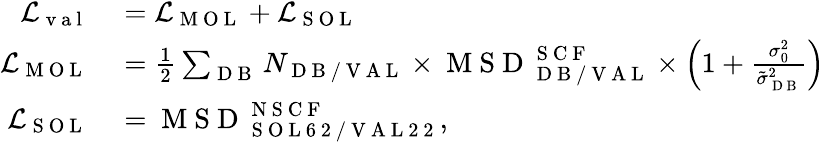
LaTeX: \begin{array}{rl}{\mathcal{L}_{\mathrm{~v~a~l~}}}&{{}=\mathcal{L}_{\mathrm{~M~O~L~}}+\mathcal{L}_{\mathrm{~S~O~L~}}}\\ {\mathcal{L}_{\mathrm{~M~O~L~}}}&{{}=\frac{1}{2}\sum_{\mathrm{~D~B~}}N_{\mathrm{~D~B~/~V~A~L~}}\times\mathrm{~M~S~D~}_{\mathrm{~D~B~/~V~A~L~}}^{\mathrm{~S~C~F~}}\times\left(1+\frac{\sigma_{0}^{2}}{\tilde{\sigma}_{\mathrm{~D~B~}}^{2}}\right)}\\ {\mathcal{L}_{\mathrm{~S~O~L~}}}&{{}=\mathrm{~M~S~D~}_{\mathrm{~S~O~L~6~2~/~V~A~L~2~2~}}^{\mathrm{~N~S~C~F~}},}\end{array}